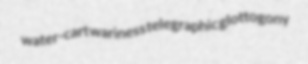
water-cart wariness telegraphic glottogony